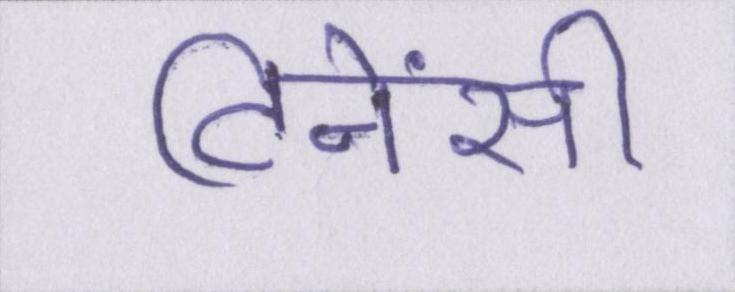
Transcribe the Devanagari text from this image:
टिनेंसी